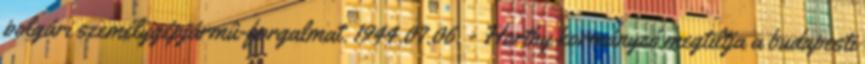
polgári személygépjármû-forgalmat. 1944.07.06. - Horthy kormányzó megtiltja a budapesti